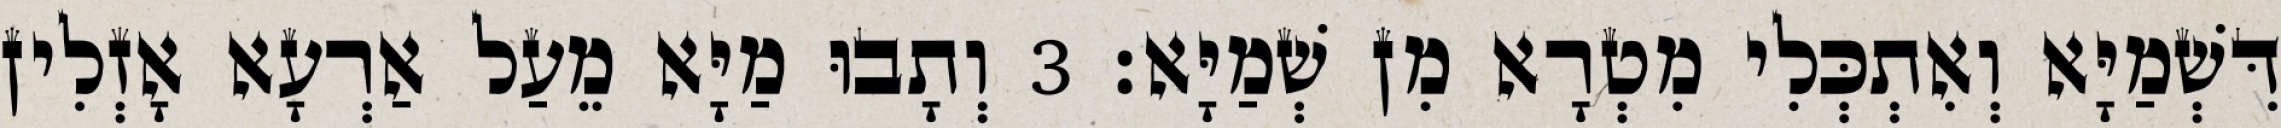
דִּשְׁמַיָּא וְאִתְכְּלִי מִטְרָא מִן שְׁמַיָּא׃ 3 וְתָבוּ מַיָּא מֵעַל אַרְעָא אָזְלִין